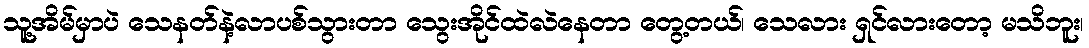
သူ့အိမ်မှာပဲ သေနတ်နဲ့လာပစ်သွားတာ သွေးအိုင်ထဲလဲနေတာ တွေ့တယ်၊ သေလား ရှင်လားတော့ မသိဘူး၊